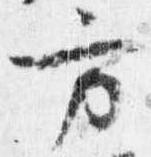
方